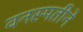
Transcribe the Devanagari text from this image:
वनस्पतीने